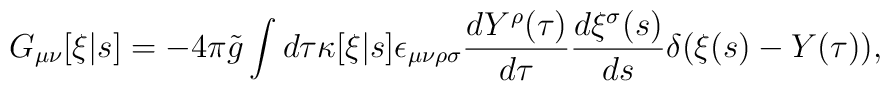
G_{\mu\nu}[\xi|s] = -4 \pi \tilde{g} \int d\tau \kappa[\xi|s]    \epsilon_{\mu\nu\rho\sigma} \frac{d Y^\rho(\tau)}{d\tau}   \frac{d \xi^\sigma(s)}{ds} \delta(\xi(s) - Y(\tau)),